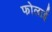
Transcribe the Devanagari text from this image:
फोलाई